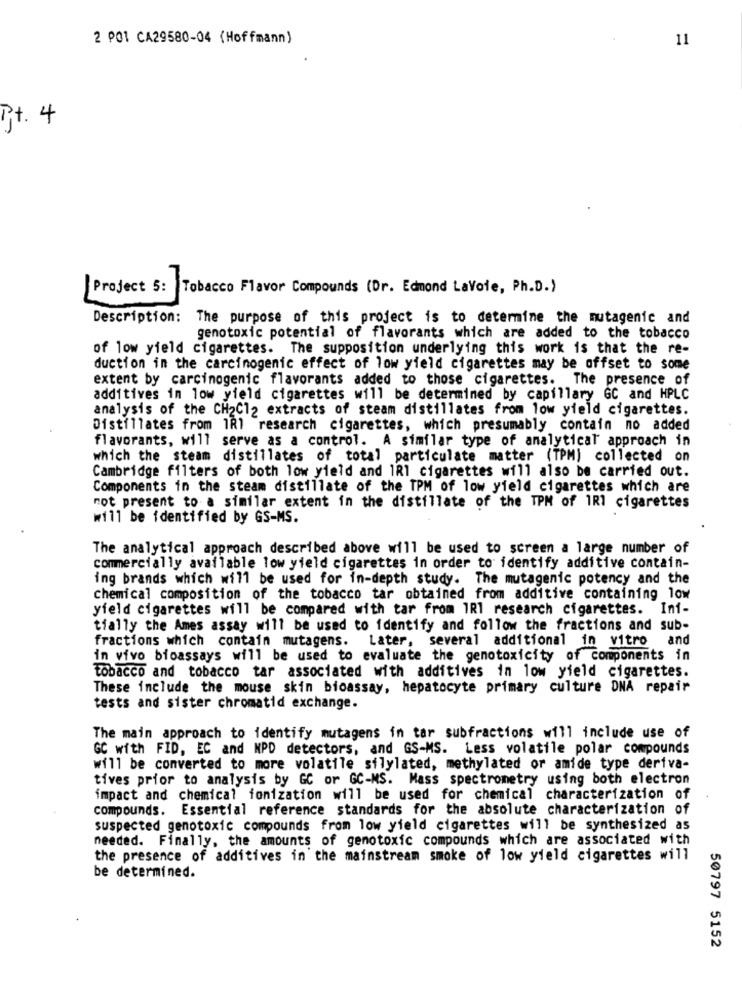
2 POI CA29580-04 (Hoffmann)
11
Pt. 4
..
Tobacco Flavor Compounds (Dr. Edmond LaVoie, Ph.D.)
[ Project
Description: The purpose of this project is to determine the mutagenic and
genotoxic potential of flavorants which are added to the tobacco
of low yield cigarettes. The supposition underlying this work is that the re-
duction in the carcinogenic effect of low yield cigarettes may be offset to some
extent by carcinogenic flavorants added to those cigarettes. The presence of
additives in low yield cigarettes will be determined by capillary GC and HPLC
analysis of the CH2C12 extracts of steam distillates from low yield cigarettes.
Distillates from 1R1 research cigarettes, which presumably contain no added
flavorants, will serve as a control. A similar type of analytical approach in
which the steam distillates of total particulate matter (TPM) collected on
Cambridge filters of both low yield and 1R1 cigarettes will also be carried out.
Components in the steam distillate of the TPM of low yield cigarettes which are
not present to a similar extent in the distillate of the TPM of 1R1 cigarettes
will be identified by GS-MS.
The analytical approach described above will be used to screen a large number of
commercially available low yield cigarettes in order to identify additive contain-
ing brands which will be used for in-depth study. The mutagenic potency and the
chemical composition of the tobacco tar obtained from additive containing low
yield cigarettes will be compared with tar from 1R1 research cigarettes. Ini-
tially the Ames assay will be used to identify and follow the fractions and sub-
fractions which contain mutagens. Later, several additional in vitro and
in vivo bioassays will be used to evaluate the genotoxicity of components in
tobacco and tobacco tar associated with additives in low yield cigarettes.
These include the mouse skin bioassay, hepatocyte primary culture DNA repair
tests and sister chromatid exchange.
The main approach to identify mutagens in tar subfractions will include use of
GC with FID, EC and MPD detectors, and GS-MS. Less volatile polar compounds
will be converted to more volatile silylated, methylated or amide type deriva-
tives prior to analysis by GC or GC-MS. Mass spectrometry using both electron
impact and chemical ionization will be used for chemical characterization of
compounds. Essential reference standards for the absolute characterization of
suspected genotoxic compounds from low yield cigarettes will be synthesized as
needed. Finally, the amounts of genotoxic compounds which are associated with
the presence of additives in the mainstream smoke of low yield cigarettes will
be determined.
50797 5152